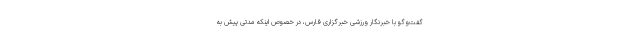
گفت‌وگو با خبرنگار ورزشی خبرگزاری فارس، در خصوص اینکه مدتی پیش به